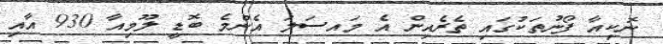
ނޮކިއާ ފޯނުތަކުގައި ތެރެއިން އެ މައސަލަ އެންމެ ބޮޑީ ލޫމިއާ 930 އާއި